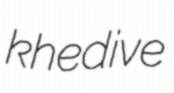
khedive